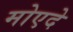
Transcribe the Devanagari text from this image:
मोएदे